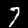
Digit: 7